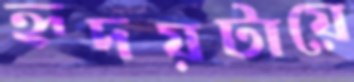
হৃদয়টায়ে